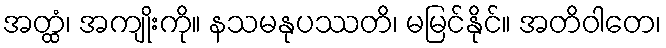
အတ္ထံ၊ အကျိုးကို။ နသမနုပဿတိ၊ မမြင်နိုင်။ အတိဝါတေ၊